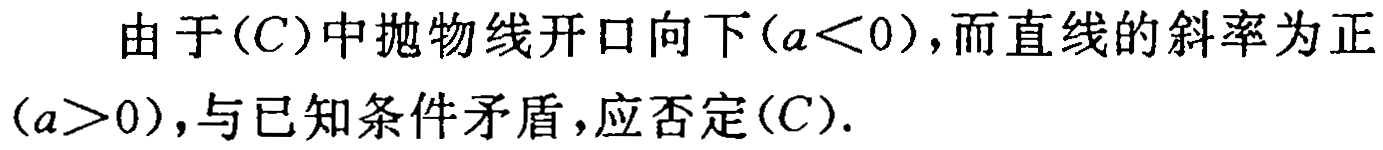
由于(C)中抛物线开口向下(\(a<0\))，而直线的斜率为正(\(a>0\))，与已知条件矛盾，应否定(C).